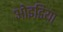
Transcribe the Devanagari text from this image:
ओइडिया